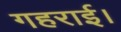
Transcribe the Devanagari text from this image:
गहराई।